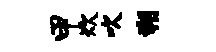
甲炊吹朔